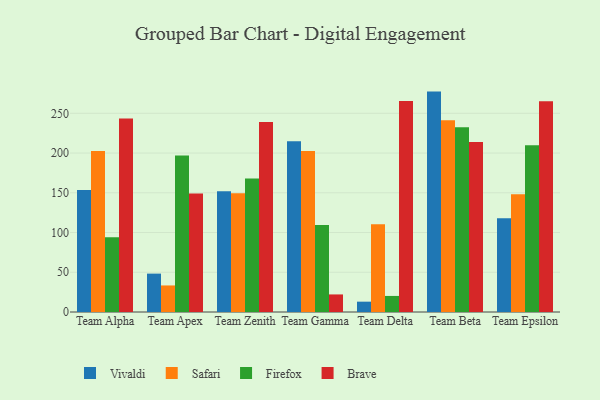
{"axis": {"x": "Team", "y": "Conversion Rate (%)"}, "legend": ["Brave", "Firefox", "Safari", "Vivaldi"], "data": [{"x": "Team Alpha", "y": 153.4, "type": "Vivaldi"}, {"x": "Team Alpha", "y": 202.6, "type": "Safari"}, {"x": "Team Alpha", "y": 94.0, "type": "Firefox"}, {"x": "Team Alpha", "y": 243.3, "type": "Brave"}, {"x": "Team Apex", "y": 48.3, "type": "Vivaldi"}, {"x": "Team Apex", "y": 33.4, "type": "Safari"}, {"x": "Team Apex", "y": 197.0, "type": "Firefox"}, {"x": "Team Apex", "y": 149.2, "type": "Brave"}, {"x": "Team Zenith", "y": 151.9, "type": "Vivaldi"}, {"x": "Team Zenith", "y": 149.4, "type": "Safari"}, {"x": "Team Zenith", "y": 168.0, "type": "Firefox"}, {"x": "Team Zenith", "y": 239.0, "type": "Brave"}, {"x": "Team Gamma", "y": 214.9, "type": "Vivaldi"}, {"x": "Team Gamma", "y": 202.7, "type": "Safari"}, {"x": "Team Gamma", "y": 109.5, "type": "Firefox"}, {"x": "Team Gamma", "y": 22.1, "type": "Brave"}, {"x": "Team Delta", "y": 13.0, "type": "Vivaldi"}, {"x": "Team Delta", "y": 110.4, "type": "Safari"}, {"x": "Team Delta", "y": 20.2, "type": "Firefox"}, {"x": "Team Delta", "y": 265.5, "type": "Brave"}, {"x": "Team Beta", "y": 277.3, "type": "Vivaldi"}, {"x": "Team Beta", "y": 241.3, "type": "Safari"}, {"x": "Team Beta", "y": 232.6, "type": "Firefox"}, {"x": "Team Beta", "y": 213.9, "type": "Brave"}, {"x": "Team Epsilon", "y": 118.0, "type": "Vivaldi"}, {"x": "Team Epsilon", "y": 148.1, "type": "Safari"}, {"x": "Team Epsilon", "y": 209.7, "type": "Firefox"}, {"x": "Team Epsilon", "y": 265.2, "type": "Brave"}]}